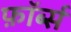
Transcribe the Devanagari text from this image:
फ़ॉर्ब्स